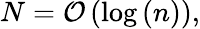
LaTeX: N=\mathcal{O}\left(\log\left(n\right)\right),